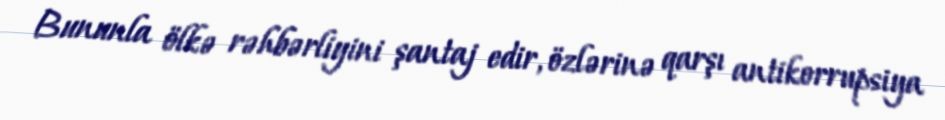
Bununla ölkə rəhbərliyini şantaj edir, özlərinə qarşı antikorrupsiya